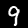
Digit: 9